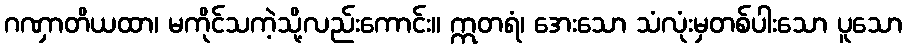
ဂဏှာတိယထာ၊ မကိုင်သကဲ့သို့လည်းကောင်း။ ဣတရံ၊ အေးသော သံလုံးမှတစ်ပါးသော ပူသော